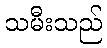
သမီးသည်